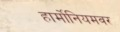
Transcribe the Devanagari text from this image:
हार्मोनियमवर